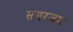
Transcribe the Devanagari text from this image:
समरजम